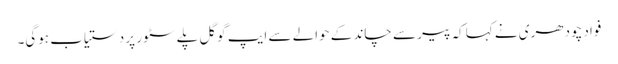
فواد چودھری نے کہا کہ پیر سے چاند کے حوالے سے ایپ گوگل پلے سٹور پر دستیاب ہوگی۔